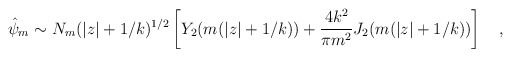
\begin{align*}\hat{\psi}_m \sim N_m(|z|+1/k)^{1/2}\left [Y_2(m (|z|+1/k)) + {4 k^2 \over \pi m^2}J_2(m (|z|+1/k)) \right ] \quad ,\end{align*}